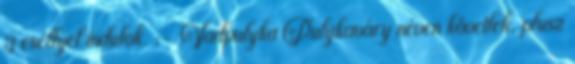
3 eséllyel indulok. :- Vadpulyka Pulykaváry néven követlek, plusz